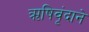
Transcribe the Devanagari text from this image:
ऋषिवृंदाने